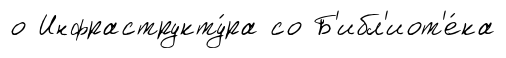
о Инфраструкту́ра со Б'ибл'иот'е́ка